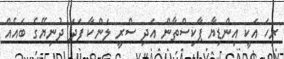
ރިހަ އަކީ އިންޑިޔާ ޕާކިސްތާން އަދި ސްރީ ލަންކާ ފަދަ ދުނިޔޭގެ ބައެއް